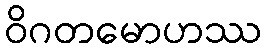
ဝိဂတမောဟဿ